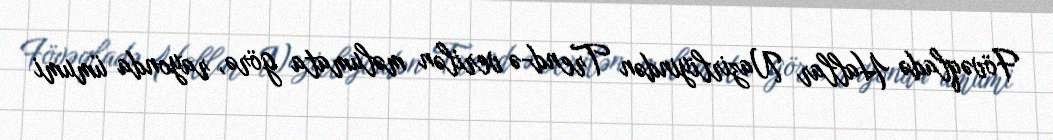
Fövəqladə Hallar Nazirliyindən Trend-ə verilən məlumata görə, rayonda ümumi